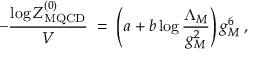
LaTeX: - { \frac { \log { \cal Z } _ { \mathrm { M Q C D } } ^ { ( 0 ) } } { V } } \; = \; \left( a + b \log { \frac { \Lambda _ { M } } { g _ { M } ^ { 2 } } } \right) g _ { M } ^ { 6 } \; ,